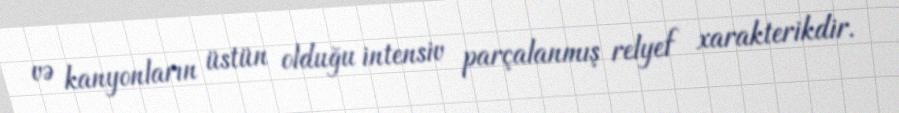
və kanyonların üstün olduğu intensiv parçalanmış relyef xarakterikdir.